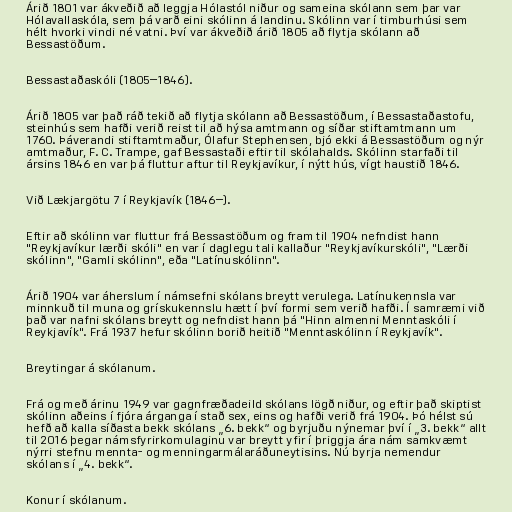
Árið 1801 var ákveðið að leggja Hólastól niður og sameina skólann sem þar var
Hólavallaskóla, sem þá varð eini skólinn á landinu. Skólinn var í timburhúsi sem
hélt hvorki vindi né vatni. Því var ákveðið árið 1805 að flytja skólann að
Bessastöðum.

Bessastaðaskóli (1805–1846).

Árið 1805 var það ráð tekið að flytja skólann að Bessastöðum, í Bessastaðastofu,
steinhús sem hafði verið reist til að hýsa amtmann og síðar stiftamtmann um
1760. Þáverandi stiftamtmaður, Ólafur Stephensen, bjó ekki á Bessastöðum og nýr
amtmaður, F. C. Trampe, gaf Bessastaði eftir til skólahalds. Skólinn starfaði til
ársins 1846 en var þá fluttur aftur til Reykjavíkur, í nýtt hús, vígt haustið 1846.

Við Lækjargötu 7 í Reykjavík (1846–).

Eftir að skólinn var fluttur frá Bessastöðum og fram til 1904 nefndist hann
"Reykjavíkur lærði skóli" en var í daglegu tali kallaður "Reykjavíkurskóli", "Lærði
skólinn", "Gamli skólinn", eða "Latínuskólinn".

Árið 1904 var áherslum í námsefni skólans breytt verulega. Latínukennsla var
minnkuð til muna og grískukennslu hætt í því formi sem verið hafði. Í samræmi við
það var nafni skólans breytt og nefndist hann þá "Hinn almenni Menntaskóli í
Reykjavík". Frá 1937 hefur skólinn borið heitið "Menntaskólinn í Reykjavík".

Breytingar á skólanum.

Frá og með árinu 1949 var gagnfræðadeild skólans lögð niður, og eftir það skiptist
skólinn aðeins í fjóra árganga í stað sex, eins og hafði verið frá 1904. Þó hélst sú
hefð að kalla síðasta bekk skólans „6. bekk“ og byrjuðu nýnemar því í „3. bekk“ allt
til 2016 þegar námsfyrirkomulaginu var breytt yfir í þriggja ára nám samkvæmt
nýrri stefnu mennta- og menningarmálaráðuneytisins. Nú byrja nemendur
skólans í „4. bekk“.

Konur í skólanum.